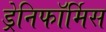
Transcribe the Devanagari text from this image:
ड्रेनिफॉर्मिस